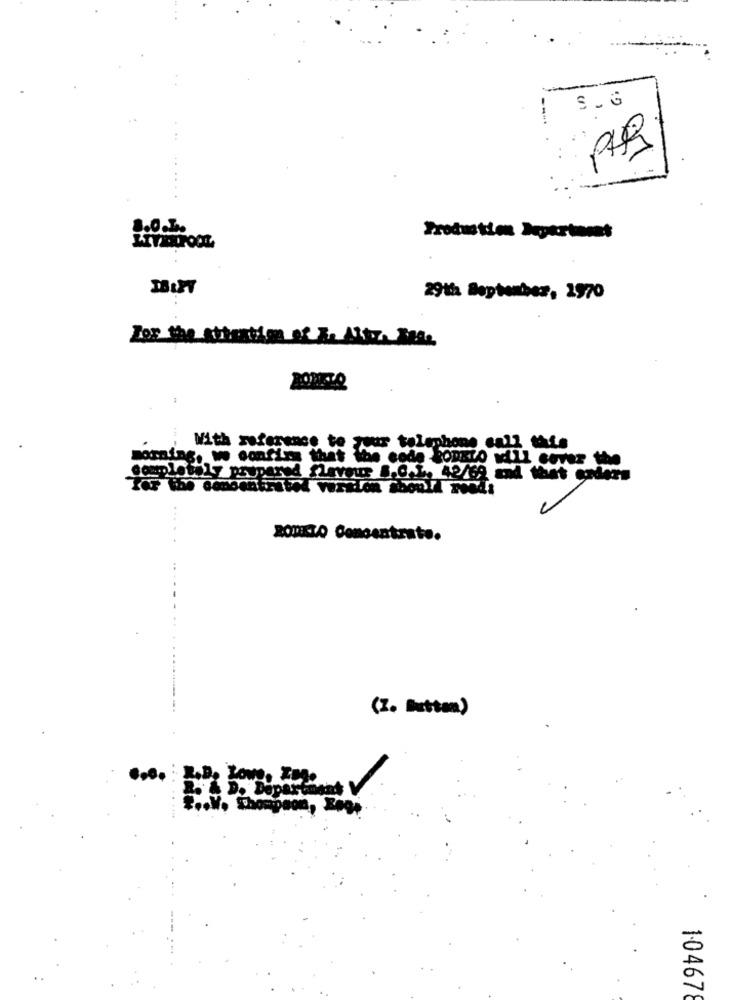
Production Xpertomat
29th September, 1970
For the attention of de Altra Base
With reference to
ar telephone ca
morning, w confira that the code konszo will cover the
pletely prupered
red flavour B.o
.....
200830 Concentrate.
(Z. Button)
....
om, Boot
10467